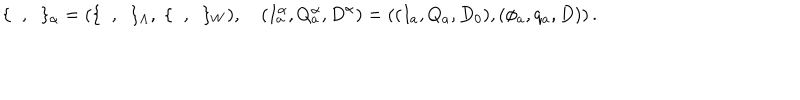
\{ \; \; , \; \; \} _ { \alpha } = ( \{ \; \; , \; \; \} _ { \Lambda } , \; \{ \; \; , \; \; \} _ { W } ) , \quad \left( I _ { a } ^ { \alpha } , Q _ { a } ^ { \alpha } , D ^ { \alpha } \right) = \left( ( I _ { a } , Q _ { a } , D _ { 0 } ) , ( \phi _ { a } , q _ { a } , D ) \right) . \nonumber